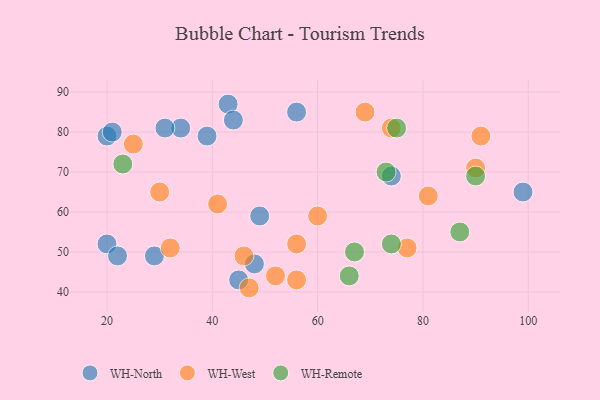
{"axis": {"x": "GDP", "y": "Life Expectancy"}, "legend": ["WH-North", "WH-Remote", "WH-West"], "data": [{"x": "49", "y": 59, "type": "WH-North"}, {"x": "20", "y": 52, "type": "WH-North"}, {"x": "43", "y": 87, "type": "WH-North"}, {"x": "74", "y": 69, "type": "WH-North"}, {"x": "45", "y": 43, "type": "WH-North"}, {"x": "20", "y": 79, "type": "WH-North"}, {"x": "34", "y": 81, "type": "WH-North"}, {"x": "56", "y": 85, "type": "WH-North"}, {"x": "21", "y": 80, "type": "WH-North"}, {"x": "99", "y": 65, "type": "WH-North"}, {"x": "29", "y": 49, "type": "WH-North"}, {"x": "22", "y": 49, "type": "WH-North"}, {"x": "39", "y": 79, "type": "WH-North"}, {"x": "44", "y": 83, "type": "WH-North"}, {"x": "31", "y": 81, "type": "WH-North"}, {"x": "48", "y": 47, "type": "WH-North"}, {"x": "52", "y": 44, "type": "WH-West"}, {"x": "69", "y": 85, "type": "WH-West"}, {"x": "90", "y": 71, "type": "WH-West"}, {"x": "46", "y": 49, "type": "WH-West"}, {"x": "74", "y": 81, "type": "WH-West"}, {"x": "56", "y": 43, "type": "WH-West"}, {"x": "81", "y": 64, "type": "WH-West"}, {"x": "32", "y": 51, "type": "WH-West"}, {"x": "30", "y": 65, "type": "WH-West"}, {"x": "91", "y": 79, "type": "WH-West"}, {"x": "60", "y": 59, "type": "WH-West"}, {"x": "25", "y": 77, "type": "WH-West"}, {"x": "41", "y": 62, "type": "WH-West"}, {"x": "56", "y": 52, "type": "WH-West"}, {"x": "77", "y": 51, "type": "WH-West"}, {"x": "47", "y": 41, "type": "WH-West"}, {"x": "67", "y": 50, "type": "WH-Remote"}, {"x": "90", "y": 69, "type": "WH-Remote"}, {"x": "66", "y": 44, "type": "WH-Remote"}, {"x": "75", "y": 81, "type": "WH-Remote"}, {"x": "87", "y": 55, "type": "WH-Remote"}, {"x": "74", "y": 52, "type": "WH-Remote"}, {"x": "73", "y": 70, "type": "WH-Remote"}, {"x": "23", "y": 72, "type": "WH-Remote"}]}